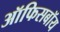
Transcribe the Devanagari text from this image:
ऑफिसबॉय